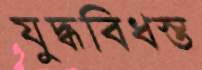
যুদ্ধবিধস্ত